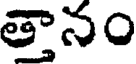
త్తానం